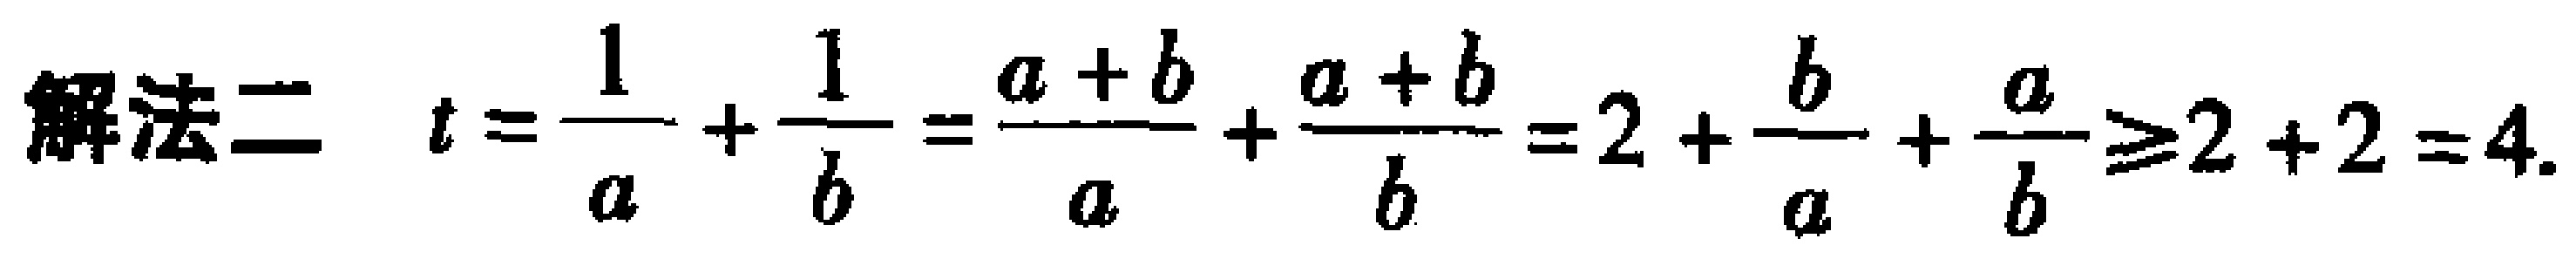
解法二 \(t = \frac{1}{a}+\frac{1}{b}=\frac{a + b}{a}+\frac{a + b}{b}=2+\frac{b}{a}+\frac{a}{b}\geqslant2 + 2 = 4\).